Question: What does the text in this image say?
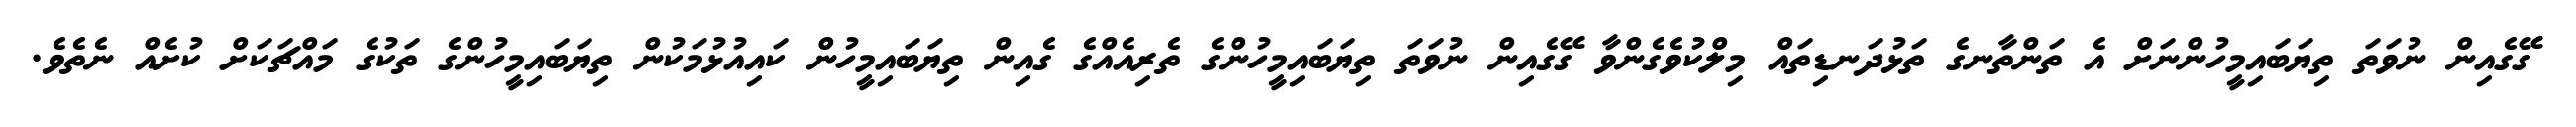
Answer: ގޭގެއިން ނުވަތަ ތިޔަބައިމީހުންނަށް އެ ތަންތާނގެ ތަޅުދަނޑިތައް މިލްކުވެގެންވާ ގޭގެއިން ނުވަތަ ތިޔަބައިމީހުންގެ ތެރިއެއްގެ ގެއިން ތިޔަބައިމީހުން ކައިއުޅުމަކުން ތިޔަބައިމީހުންގެ ތަކުގެ މައްޗަކަށް ކުށެއް ނެތެވެ.